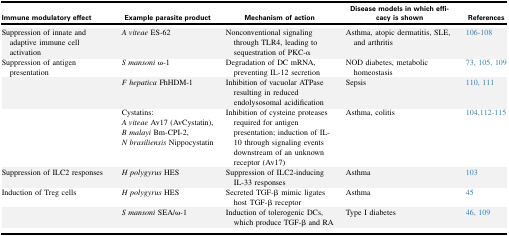
<table><thead><tr><td><b>Immune modulatory effect</b></td><td><b>Example parasite product</b></td><td><b>Mechanism of action</b></td><td><b>Disease models in which efficacy is shown</b></td><td><b>References</b></td></tr></thead><tbody><tr><td>Suppression of innate and adaptive immune cell activation</td><td><i>A viteae</i> ES-62</td><td>Nonconventional signaling through TLR4, leading to sequestration of PKC-α</td><td>Asthma, atopic dermatitis, SLE, and arthritis</td><td>106, 107, 108</td></tr><tr><td>Suppression of antigen presentation</td><td><i>S mansoni</i> ω-1</td><td>Degradation of DC mRNA, preventing IL-12 secretion</td><td>NOD diabetes, metabolic homeostasis</td><td>73, 105, 109</td></tr><tr><td></td><td><i>F hepatica</i> FhHDM-1</td><td>Inhibition of vacuolar ATPase resulting in reduced endolysosomal acidification</td><td>Sepsis</td><td>110, 111</td></tr><tr><td></td><td>Cystatins:<i>A viteae</i> Av17 (AvCystatin),<i>B malayi</i> Bm-CPI-2,<i>N brasiliensis</i> Nippocystatin</td><td>Inhibition of cysteine proteases required for antigen presentation; induction of IL-10 through signaling events downstream of an unknown receptor (Av17)</td><td>Asthma, colitis</td><td>104, 112, 113, 114, 115</td></tr><tr><td>Suppression of ILC2 responses</td><td><i>H polygyrus</i> HES</td><td>Suppression of ILC2-inducing IL-33 responses</td><td>Asthma</td><td>103</td></tr><tr><td>Induction of Treg cells</td><td><i>H polygyrus</i> HES</td><td>Secreted TGF-β mimic ligates host TGF-β receptor</td><td>Asthma</td><td>45</td></tr><tr><td></td><td><i>S mansoni</i> SEA/ω-1</td><td>Induction of tolerogenic DCs, which produce TGF-β and RA</td><td>Type I diabetes</td><td>46, 109</td></tr></tbody></table>